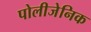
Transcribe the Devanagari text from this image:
पोलीजेनिक